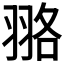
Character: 𦐦